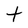
Character: t